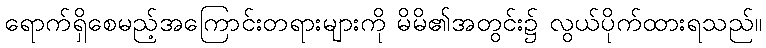
ရောက်ရှိစေမည့်အကြောင်းတရားများကို မိမိ၏အတွင်း၌ လွယ်ပိုက်ထားရသည်။